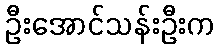
ဦးအောင်သန်းဦးက